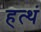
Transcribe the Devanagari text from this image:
हत्थं